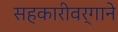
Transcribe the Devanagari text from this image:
सहकारीवर्गाने